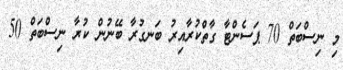
މި ނިސްބަތް 70 ޕަސެންޓާ ގާތްކުރާއިރު ބަނގުރާ ބޭނުން ކުރާ ނިސްބަތް 50